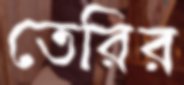
তেরির